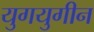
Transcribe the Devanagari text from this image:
युगयुगीन